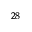
^ { 2 8 }